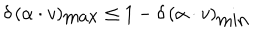
\delta \, ( \alpha \cdot v ) _ { \mathrm { m a x } } \leq 1 - \delta \, ( \alpha \cdot v ) _ { \mathrm { m i n } }